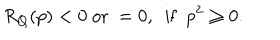
LaTeX: R _ { Q } ( p ) < 0 \ \mathrm { o r } \ = 0 , \ \ \mathrm { i f } \ \ p ^ { 2 } \geq 0 .